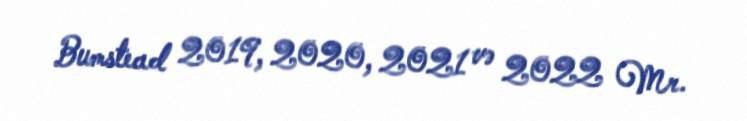
Bumstead 2019, 2020, 2021 və 2022 Mr.